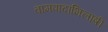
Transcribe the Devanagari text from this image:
वामपादाभिलाषी